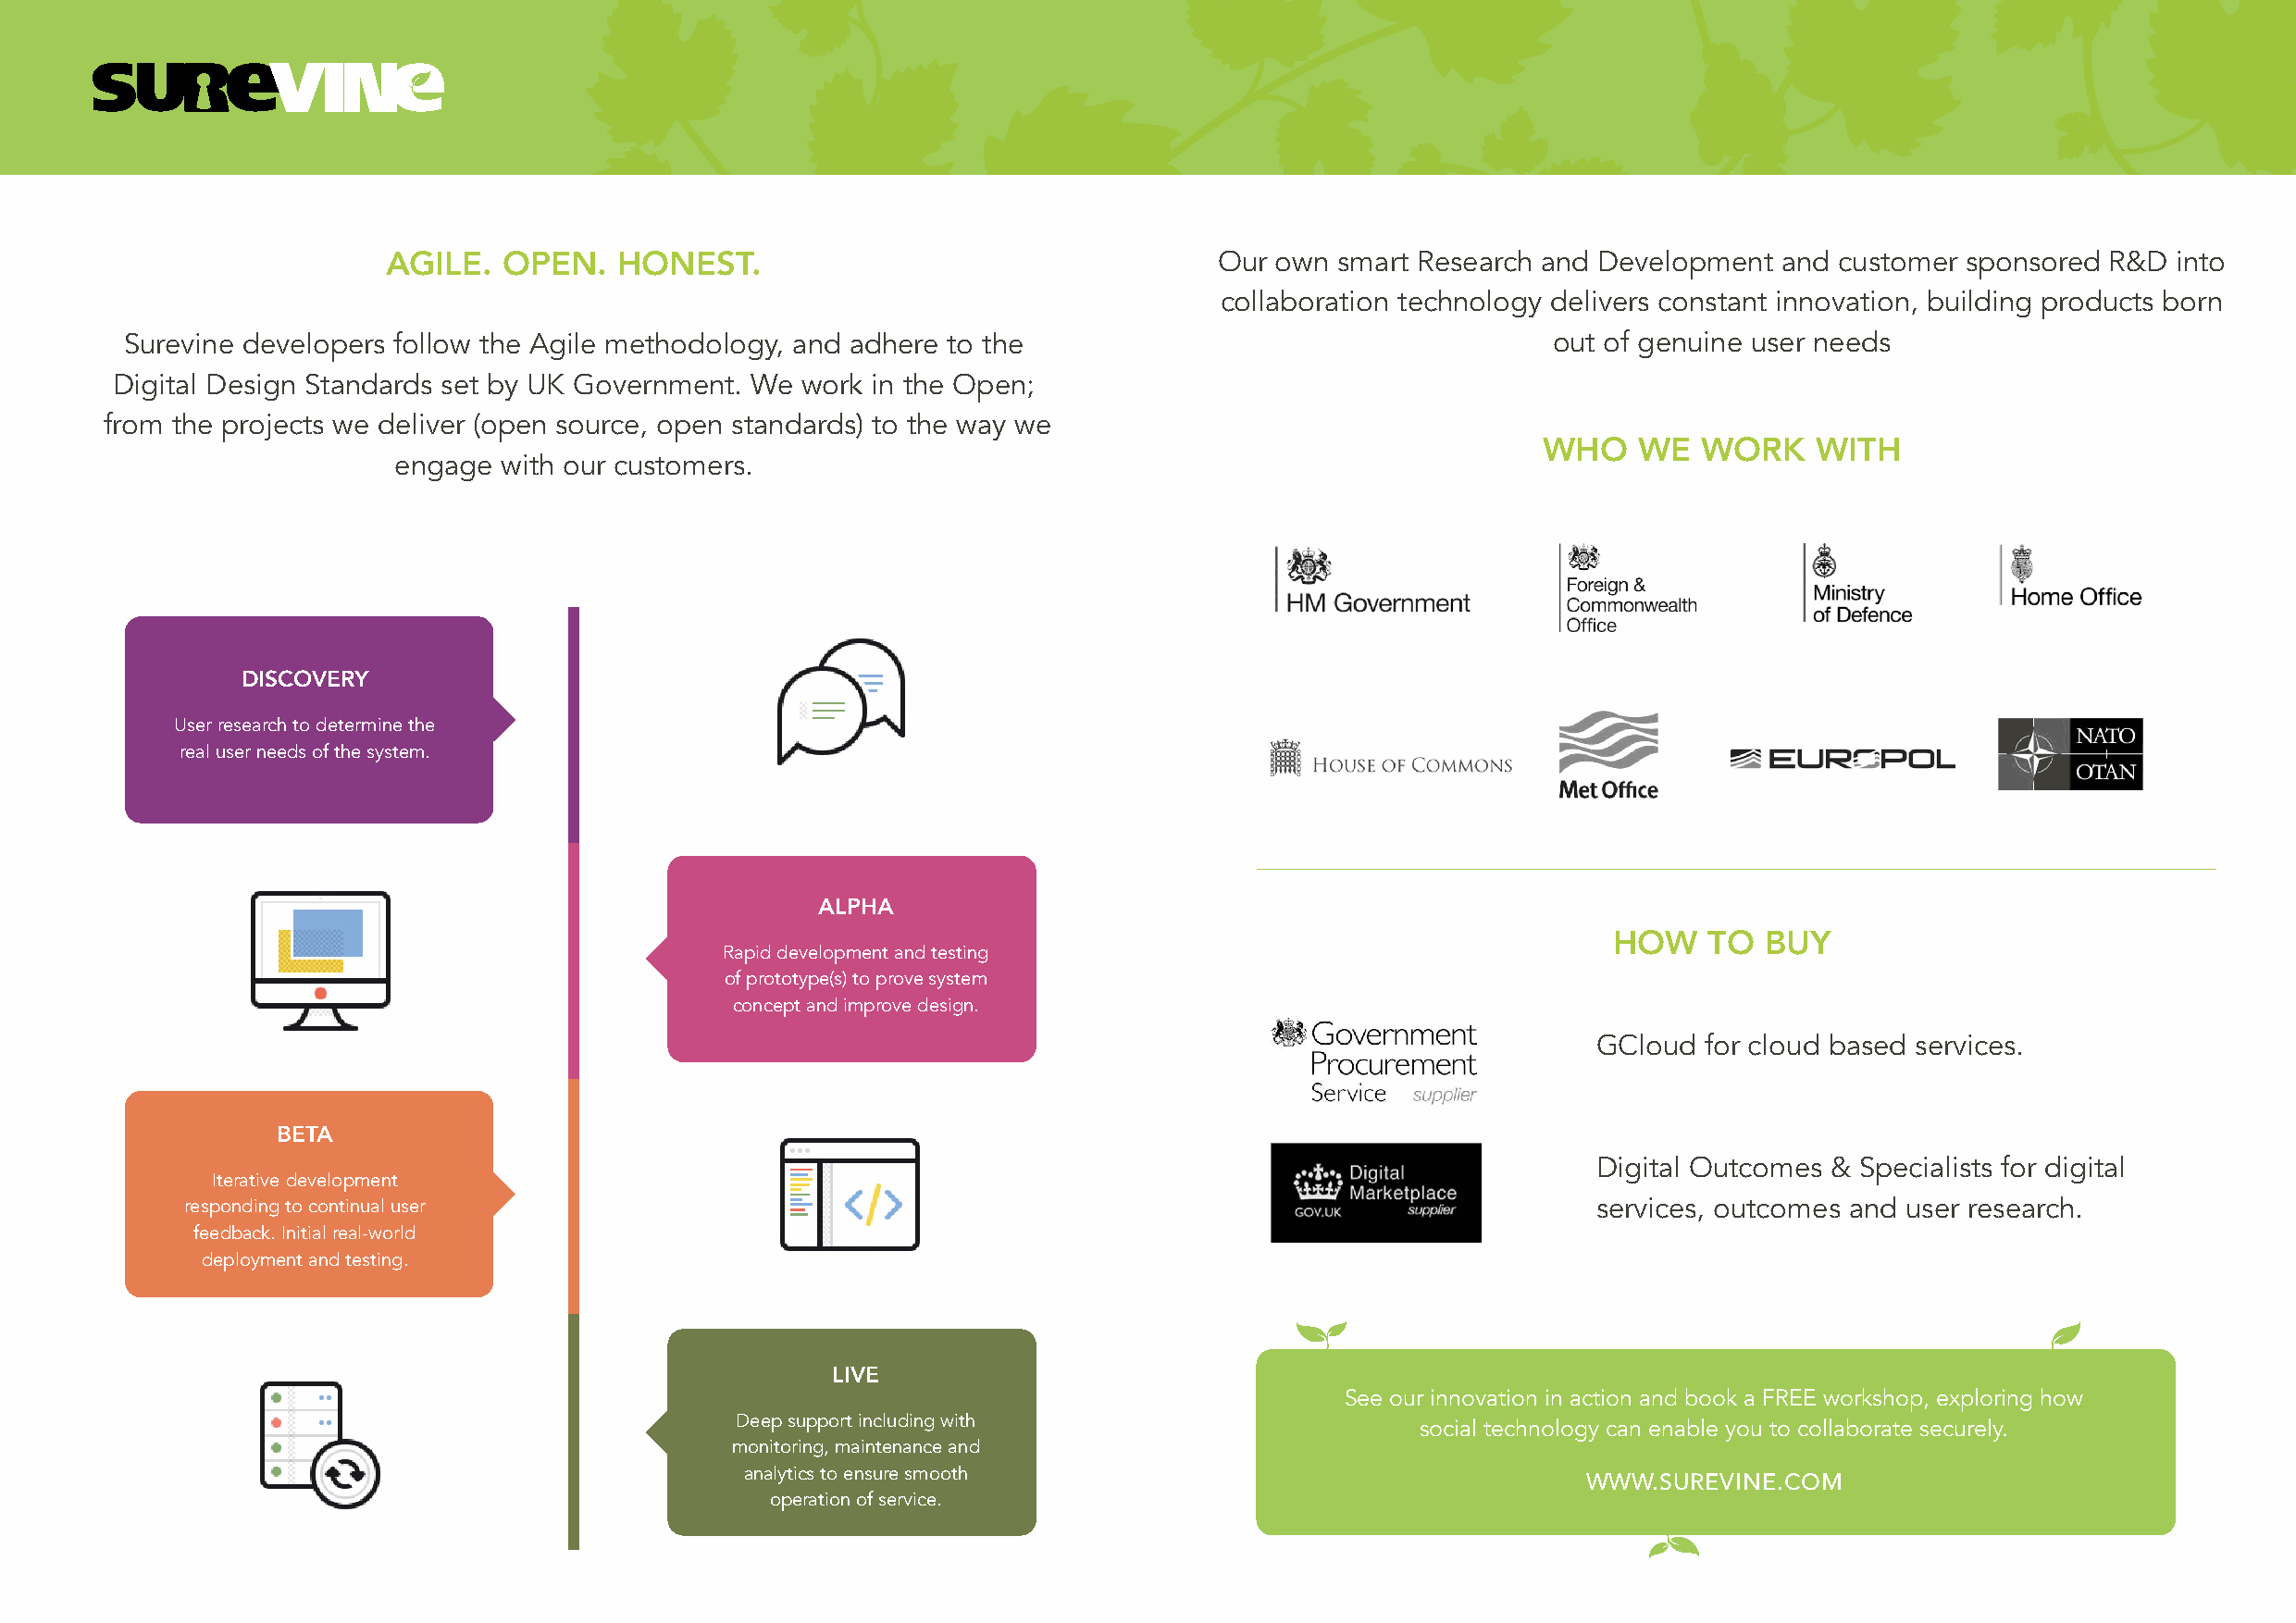
Our own  smart Research and Development and customer  sponsored R&D  into
 AGILE.  OPEN.   HONEST.
 collaboration technology delivers constant innovation, building products born
 Surevine developers follow the Agile methodology, and adhere to the                                   out of genuine user needs
 Digital Design Standards set by UK Government. We work in the Open;
 from the projects we deliver (open source, open standards) to the way we
 WHO    WE   WORK    WITH
 engage  with our customers.
 DISCOVERY
 User research to determine the
 real user needs of the system.
 ALPHA
 HOW    TO  BUY
 Rapid development and testing
 of prototype(s) to prove system
 concept and improve design.
 GCloud  for cloud based services.
 BETA
 Digital Outcomes & Specialists for digital
 Iterative development
 responding to continual user                                                                         services, outcomes and user research.
 feedback. Initial real-world
 deployment and testing.
 LIVE
 See our innovation in action and book a FREE workshop, exploring how
 Deep support including with
 social technology can enable you to collaborate securely.
 monitoring, maintenance and
 analytics to ensure smooth
 WWW.SUREVINE.COM
 operation of service.